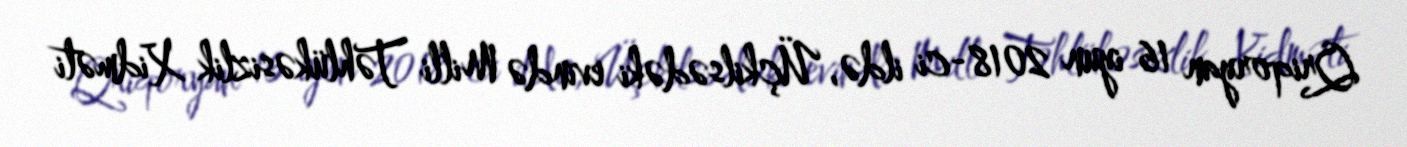
Qriqoryan 16 iyun 2018-ci ildə, Üçkilsədəki evində Milli Təhlükəsizlik Xidməti